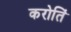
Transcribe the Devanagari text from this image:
करोतिं